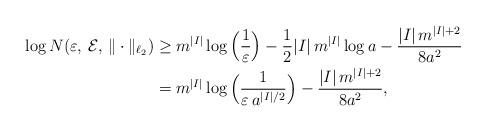
LaTeX: \begin{align*}\log N(\varepsilon, \,\mathcal{E}, \,\|\cdot\|_{\ell_2})& \geq m^{|I|} \log\Big(\frac{1}{\varepsilon}\Big) - \frac{1}{2} |I|\, m^{|I|} \log a - \frac{|I|\,m^{|I|+2}}{8a^2}\\& = m^{|I|} \log\Big(\frac{1}{\varepsilon\, a^{|I|/2}}\Big) - \frac{|I|\,m^{|I|+2}}{8a^2},\end{align*}